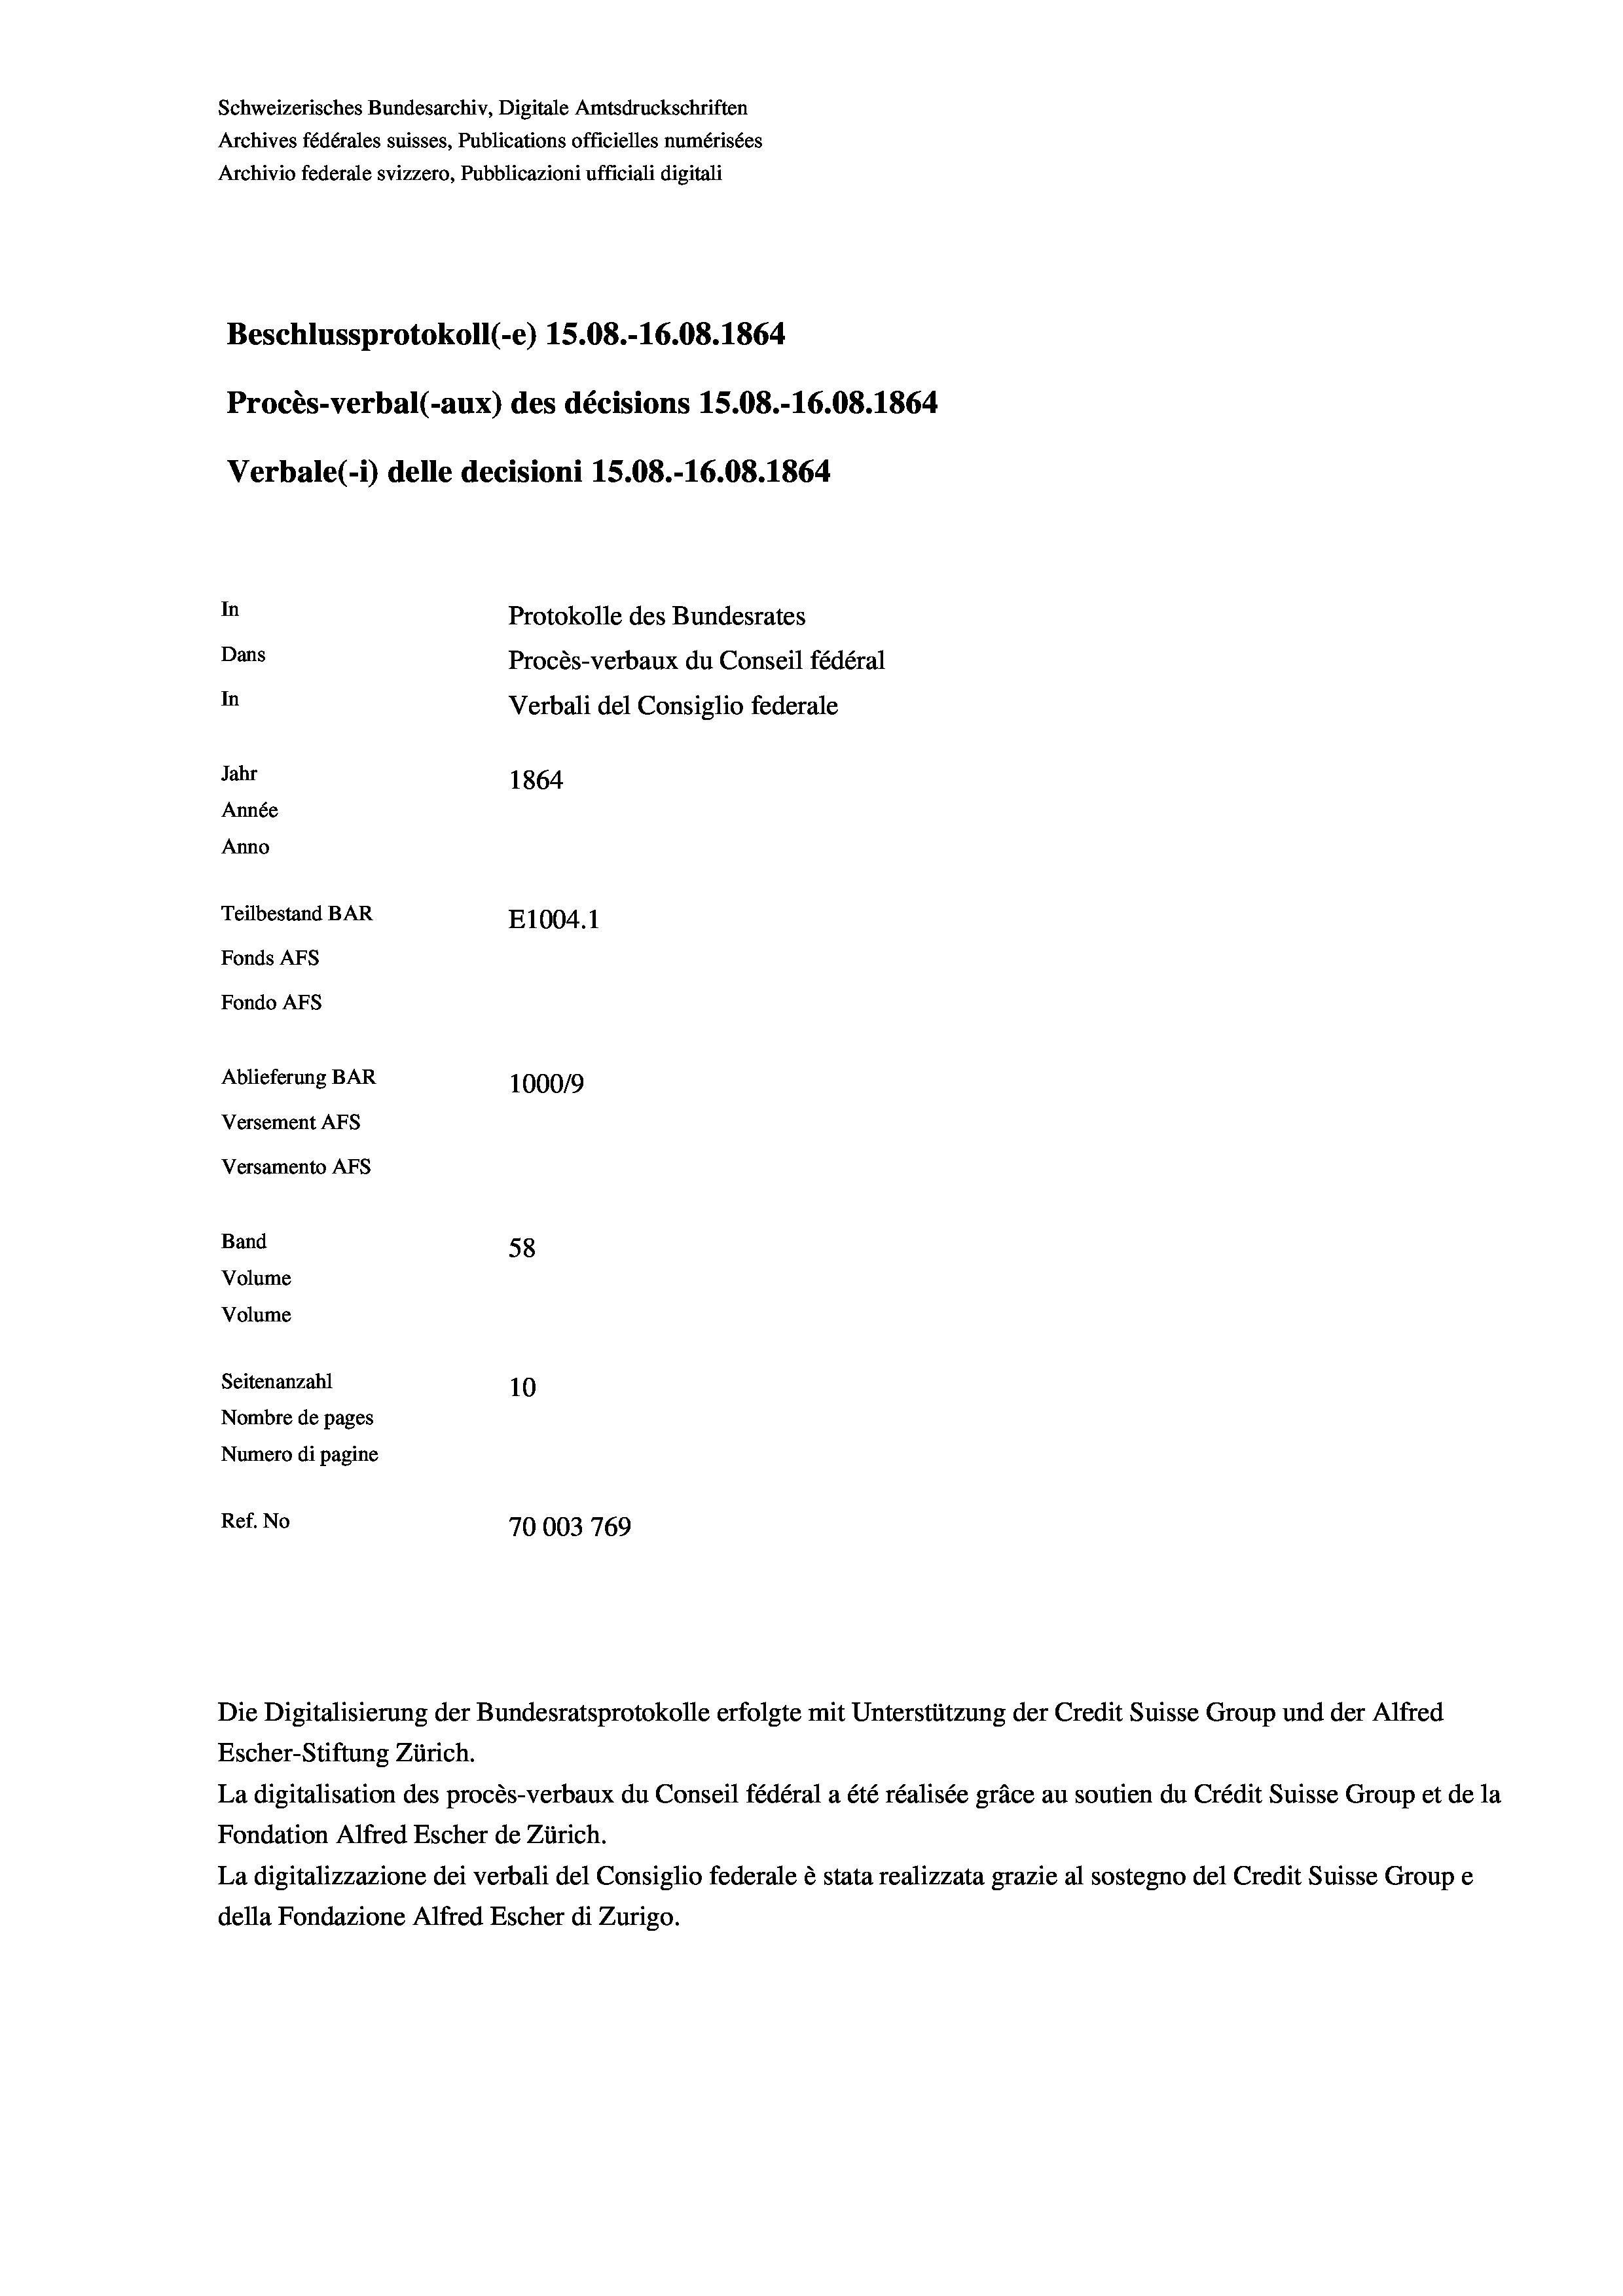
Schweizerisches Bundesarchiv, Digitale Amtsdruckschriften
Archives fédérales suisses, Publications officielles numérisées
Archivio federale svizzero, Pubblicazioni ufficiali digitali
Beschlussprotokoll (-e) 1S.08.-16.08. 1864
Procès-verbal (-aux) des décisions 15.08.-16.08. 1864
Verbale (- 1) delle decisioni 15.08.-16.08. 1864
In
Protokolle des Bundesrates
Dans
Procès-verbaux du Conseil fédéral
In
Verbali del Consiglio federale
Jahr
1864
Année
Anno
Teilbestand BAR
E1004.1
Fonds AFs
Fondo Afs
Ablieferung BAR
100019
Versement AFs
Versamento AFs
Band
58
Volume

Volume
Seitenanzahl
10
Nombre de pages
Numero di pagine
Ref. No
70003 769

Escher-Stiftung Zürich.
La digitalisation des procès-verbaux du Conseil fédéral a été réalisée gräce au soutien du Crédit Suisse Group et de la
Fondation Alfred Escher de Zürich.
La digitalizzazione dei verbali del Consiglio federale è stata realizzata grazie al sostegno del Credit Suisse Groupe
della Fondazione Alfred Escher di Zurigo.

Die Digitalisierung der Bundesratsprotokolle erfolgte mit Unterstützung der Credit Suisse Group und der Alfred